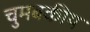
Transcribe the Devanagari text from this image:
चुमबकीय